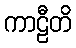
ကာဠီတိ